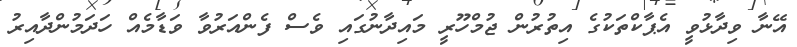
އޭނާ ވިދާޅުވީ އެޕާކްތަކުގެ އިތުރުން ޖުމްހޫރީ މައިދާނުގައި ވެސް ފެންއަރުވާ ވަޑާމެއް ހަދަމުންދާއިރު